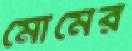
মোমের